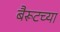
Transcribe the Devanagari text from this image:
बैरूटच्या